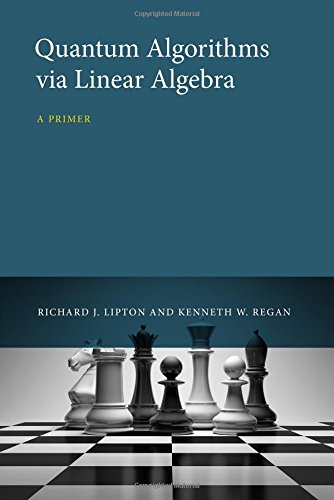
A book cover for Quantum Algorithms via Linear Algebra: A Primer; Richard J. Lipton; Computers & Technology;